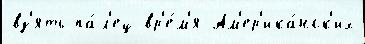
вз'ять па́л'ец вр'е́м'я Ам'ер'ика́нск'их